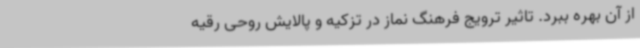
از آن بهره ببرد. تاثیر ترویج فرهنگ نماز در تزکیه و پالایش روحی رقیه